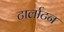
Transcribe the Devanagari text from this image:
टार्लाटन